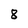
Character: 8